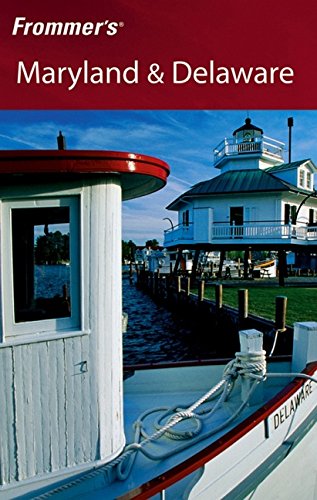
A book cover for Frommer's Maryland & Delaware (Frommer's Complete Guides); Mary K. Tilghman; Travel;